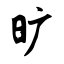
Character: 旷